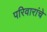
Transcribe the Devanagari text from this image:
परिवारांचे